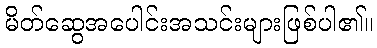
မိတ်ဆွေအပေါင်းအသင်းများဖြစ်ပါ၏။